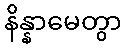
နိန္နာမေတွာ